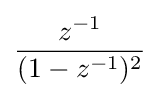
{\frac {z^{-1}}{(1-z^{-1})^{2}}}